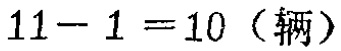
\(11 - 1 = 10 \text{（辆）}\)